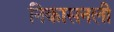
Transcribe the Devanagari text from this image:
निकासनली